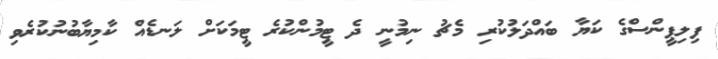
ފިލިޕީންސްގެ ކަޔާ ބައްދަލުކުރި މެޗު ނިމުނީ ދެ ޓީމުންކުރެ ޓީމަކަށް ލަނޑެއް ކާމިޔާބުނުކުރެވި